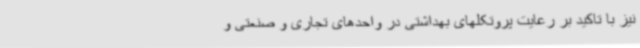
نیز با تاکید بر رعایت پروتکلهای بهداشتی در واحدهای تجاری و صنعتی و